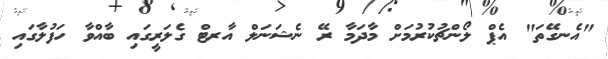
"އެނގޭތަ" އެޕް ލޯންޗުކުރުމަށް މާދަމާ ރޭ ނެޝަނަލް އާރޓް ގެލަރީގައި ބާއްވާ ހަފުލާގައި